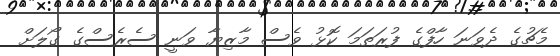
މެޗުގެ ދެވަނަ ހާފްގެ ފުރަތަމަ ކޮޅު ވެސް މާޒިޔާ ވަނީ ސެރެސްގެ ގޯލަށް